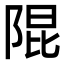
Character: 𮥍